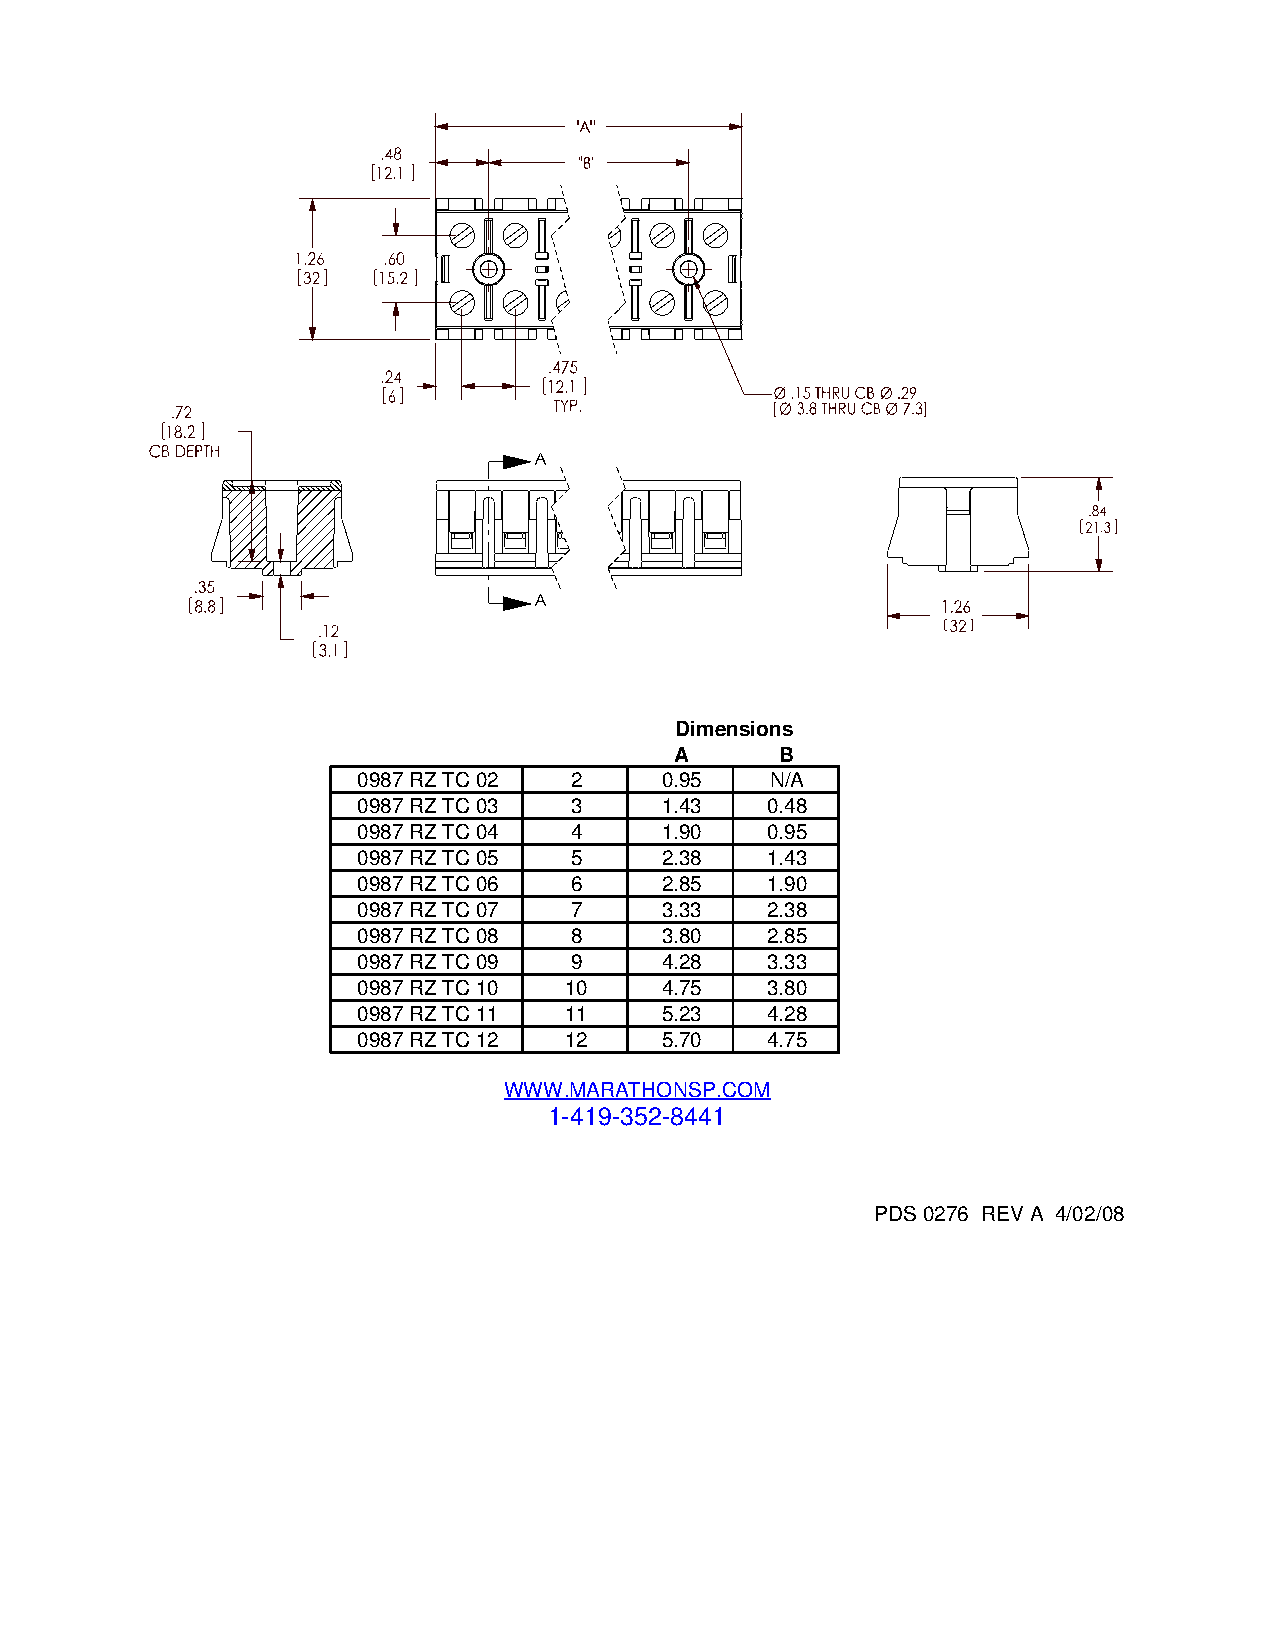
Dimensions
 A      B
 0987 RZ TC 02 2     0.95   N/A
 0987 RZ TC 03 3     1.43   0.48
 0987 RZ TC 04 4     1.90   0.95
 0987 RZ TC 05 5     2.38   1.43
 0987 RZ TC 06 6     2.85   1.90
 0987 RZ TC 07 7     3.33   2.38
 0987 RZ TC 08 8     3.80   2.85
 0987 RZ TC 09 9     4.28   3.33
 0987 RZ TC 10 10    4.75   3.80
 0987 RZ TC 11 11    5.23   4.28
 0987 RZ TC 12 12    5.70   4.75
 WWW.MARATHONSP.COM
 1-419-352-8441
 PDS 0276 REV A 4/02/08